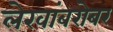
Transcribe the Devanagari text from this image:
लेखांबरोबर